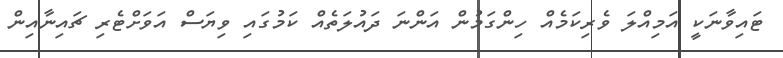
ޓައިވާނަކީ އަމިއްލަ ވެރިކަމެއް ހިންގަމުން އަންނަ ދައުލަތެއް ކަމުގައި ވިޔަސް އަވަށްޓެރި ޗައިނާއިން